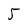
Character: 5